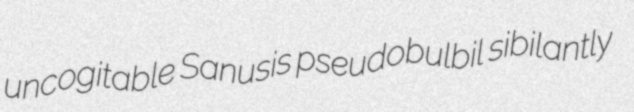
uncogitable Sanusis pseudobulbil sibilantly